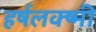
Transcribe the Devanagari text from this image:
हर्षलक्ष्मी